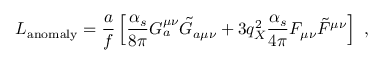
{ \cal { L } } _ { \mathrm { a n o m a l y } } = \frac { a } { f } \left[ \frac { \alpha _ { s } } { 8 \pi } G _ { a } ^ { \mu \nu } \tilde { G } _ { a \mu \nu } + 3 q _ { X } ^ { 2 } \frac { \alpha _ { s } } { 4 \pi } F _ { \mu \nu } \tilde { F } ^ { \mu \nu } \right] ~ ,